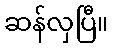
ဆန်လှပြီ။